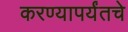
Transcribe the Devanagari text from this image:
करण्यापर्यंतचे